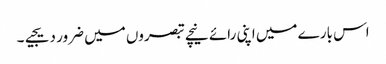
اس بارے میں اپنی رائے نیچے تبصروں میں ضرور دیجیے۔